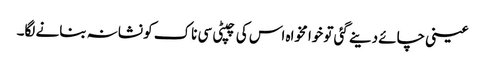
عینی چائے دینے گئی تو خوا مخواہ اس کی چپٹی سی ناک کو نشانہ بنانے لگا۔